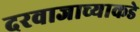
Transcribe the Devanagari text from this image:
दरवाजाच्याकडे